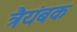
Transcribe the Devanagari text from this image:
त्रैयंबक